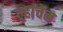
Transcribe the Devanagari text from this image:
ल्हाचेन